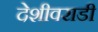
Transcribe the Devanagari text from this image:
देशीवराडी